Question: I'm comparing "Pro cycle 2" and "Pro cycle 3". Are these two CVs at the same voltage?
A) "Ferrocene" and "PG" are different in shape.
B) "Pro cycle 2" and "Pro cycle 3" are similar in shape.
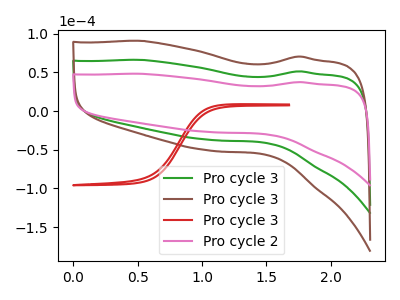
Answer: <think>The green curve "Pro cycle 3" has no peaks. The brown curve "Pro cycle 3" has no peaks. The red curve "Pro cycle 3" has no peaks. The pink curve "Pro cycle 2" has no peaks.
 Neither "Pro cycle 2" or "Pro cycle 3" have any peaks.</think>
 <answer>B) "Pro cycle 2" and "Pro cycle 3" are similar in shape.</answer>
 <eval>B</eval>